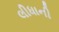
લીધાની